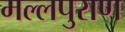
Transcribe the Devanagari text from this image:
मल्लपुराण